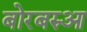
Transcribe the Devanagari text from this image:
बोरबरुआ